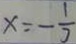
x = - \frac { 1 } { 3 }